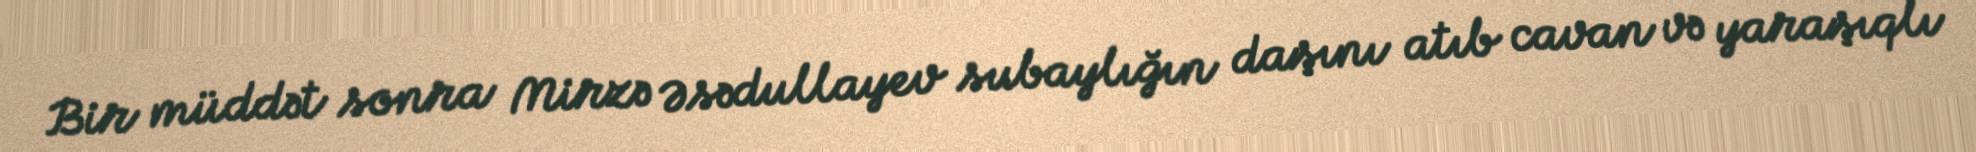
Bir müddət sonra Mirzə Əsədullayev subaylığın daşını atıb cavan və yaraşıqlı